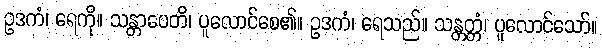
ဥဒကံ၊ ရေကို။ သန္တာပေတိ၊ ပူလောင်စေ၏။ ဥဒကံ၊ ရေသည်။ သန္တတ္တံ၊ ပူလောင်သော်။